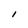
Character: I